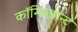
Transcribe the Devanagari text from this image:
कॉन्फ़िडान्ट